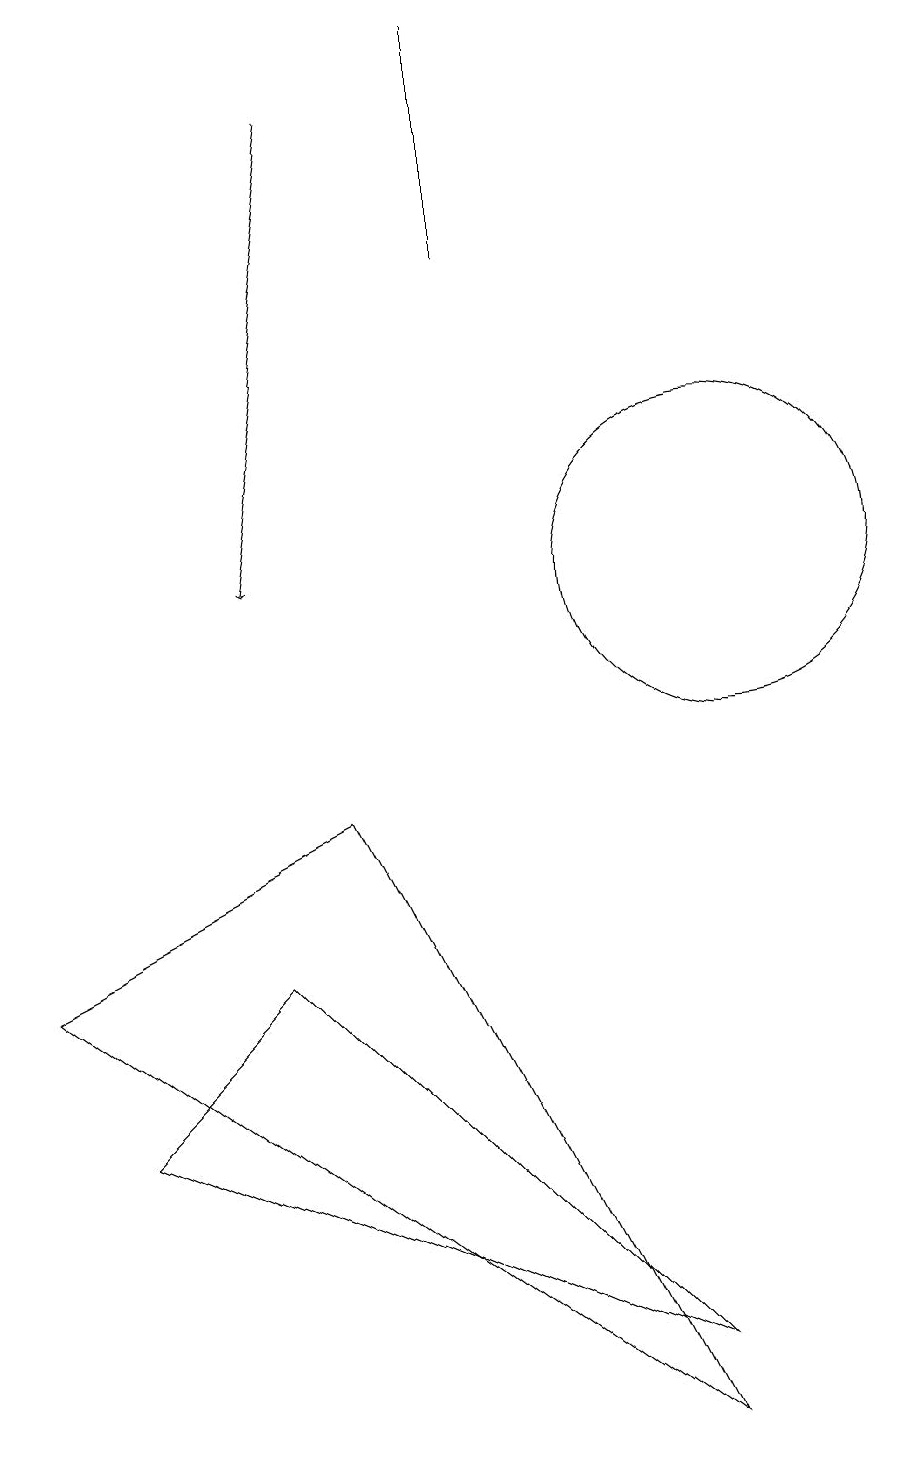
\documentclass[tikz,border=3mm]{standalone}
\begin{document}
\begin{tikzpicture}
\draw (10,11) circle (2);
\draw[->] (5,17) -- (4,11);
\draw (1,6) -- (5,8) -- (9,0) -- cycle;
\draw (7,15) rectangle (7,18);
\draw (9,1) -- (2,4) -- (4,6) -- cycle;
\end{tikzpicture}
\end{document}